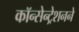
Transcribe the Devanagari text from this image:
कॉन्सेन्ट्रेशनने